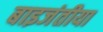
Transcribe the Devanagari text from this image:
बाइजंतीया